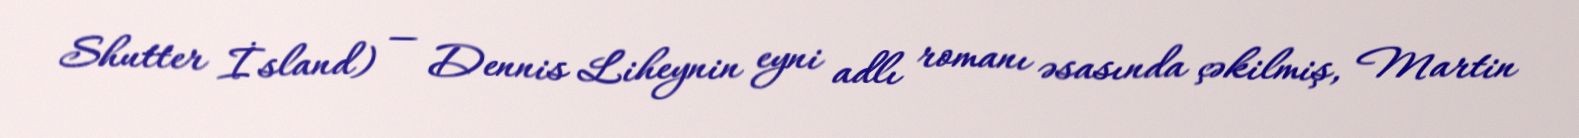
Shutter İsland) — Dennis Liheynin eyni adlı romanı əsasında çəkilmiş, Martin